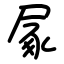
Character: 㞘